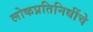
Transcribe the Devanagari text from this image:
लोकप्रतिनिधींचे